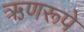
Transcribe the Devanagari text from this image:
ऋणरूपे